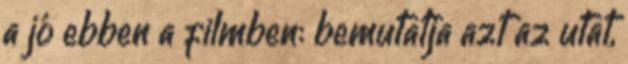
a jó ebben a filmben: bemutatja azt az utat,